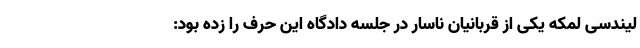
لیندسی لمکه یکی از قربانیان ناسار در جلسه دادگاه این حرف را زده بود: